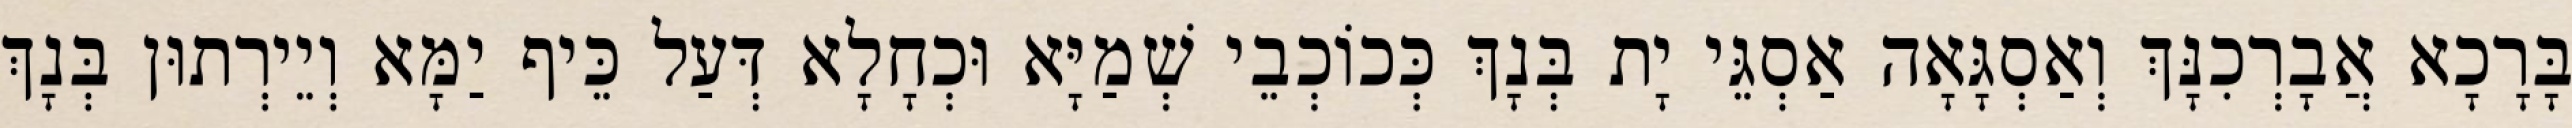
בָּרָכָא אֲבָרְכִנָּךְ וְאַסְגָּאָה אַסְגֵּי יָת בְּנָךְ כְּכוֹכְבֵי שְׁמַיָּא וּכְחָלָא דְּעַל כֵּיף יַמָּא וְיֵירְתוּן בְּנָךְ